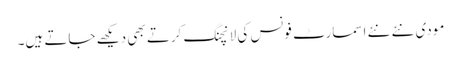
مودی نئے نئے اسمارٹ فونس کی لانچنگ کرتے بھی دیکھے جاتے ہیں۔